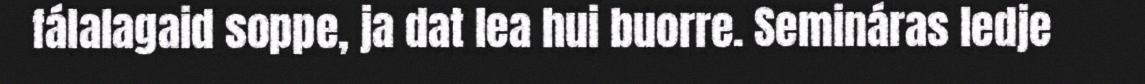
fálalagaid soppe, ja dat lea hui buorre. Semináras ledje